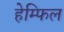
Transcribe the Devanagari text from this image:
हेम्फिल